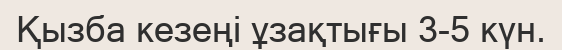
Қызба кезеңі ұзақтығы 3-5 күн.